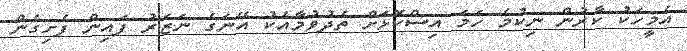
އެމީހަކު ކާރުން ނިކުމެ ހަމަ އިސްކޮޅަށް ތެދުވުމާއެކު އޭނަގެ ނަޒަރު ފައިން ފެށިގެން